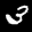
Label: 3